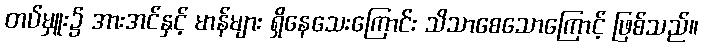
တပ်မှူး၌ အားအင်နှင့် မာန်များ ရှိနေသေးကြောင်း သိသာစေသောကြောင့် ဖြစ်သည်။